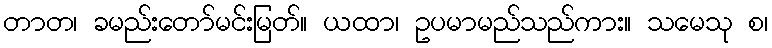
တာတ၊ ခမည်းတော်မင်းမြတ်။ ယထာ၊ ဥပမာမည်သည်ကား။ သမေသု စ၊